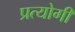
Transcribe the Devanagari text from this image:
प्रत्योगी